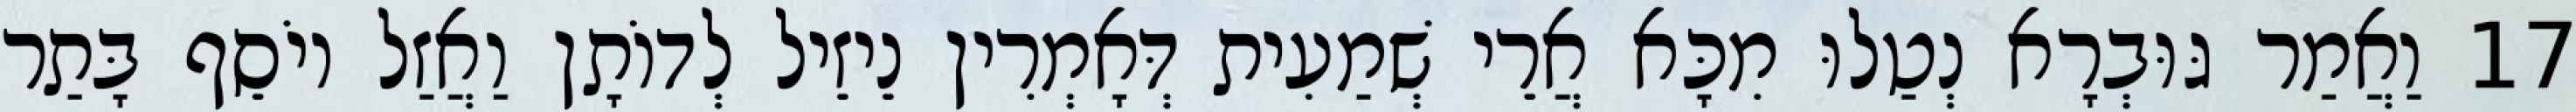
17 וַאֲמַר גּוּבְרָא נְטַלוּ מִכָּא אֲרֵי שְׁמַעִית דְּאָמְרִין נֵיזֵיל לְדוֹתָן וַאֲזַל יוֹסֵף בָּתַר